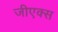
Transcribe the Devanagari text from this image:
जीएक्स